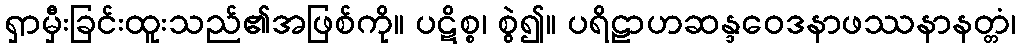
ရှာမှီးခြင်းထူးသည်၏အဖြစ်ကို။ ပဋိစ္စ၊ စွဲ၍။ ပရိဠာဟဆန္ဒဝေဒနာဖဿနာနတ္တံ၊